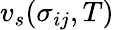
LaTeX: v_{s}(\mathbf{\sigma}_{ij},T)